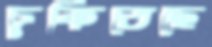
ঢুকিতেছে